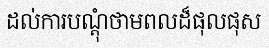
ដល់ការបណ្តុំថាមពលដ៏ផុលផុស